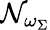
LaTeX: \mathcal{N}_{\omega_{\Sigma}}